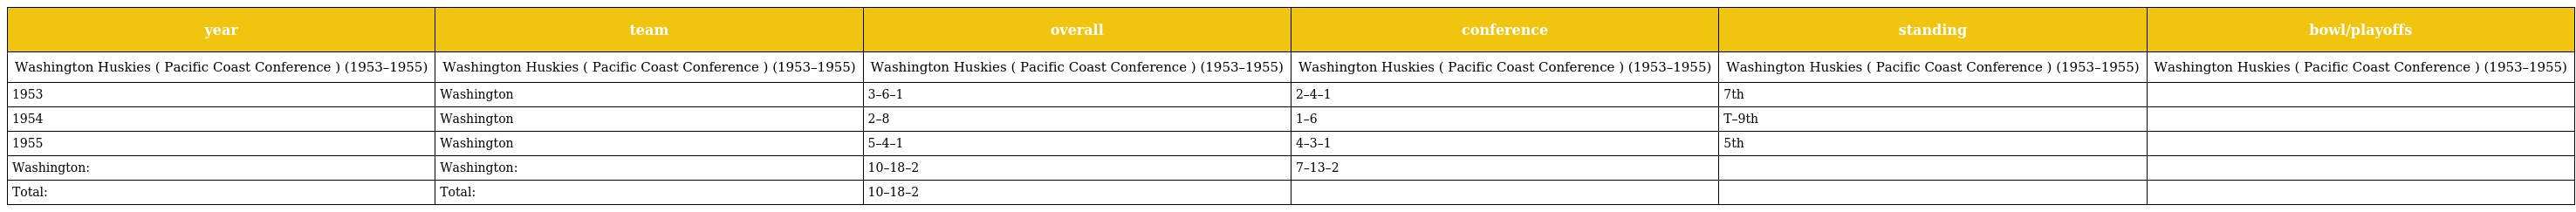
| year | team | overall | conference | standing | bowl/playoffs |
 | --- | --- | --- | --- | --- | --- |
 | Washington Huskies ( Pacific Coast Conference ) (1953–1955) | Washington Huskies ( Pacific Coast Conference ) (1953–1955) | Washington Huskies ( Pacific Coast Conference ) (1953–1955) | Washington Huskies ( Pacific Coast Conference ) (1953–1955) | Washington Huskies ( Pacific Coast Conference ) (1953–1955) | Washington Huskies ( Pacific Coast Conference ) (1953–1955) |
 | 1953 | Washington | 3–6–1 | 2–4–1 | 7th |  |
 | 1954 | Washington | 2–8 | 1–6 | T–9th |  |
 | 1955 | Washington | 5–4–1 | 4–3–1 | 5th |  |
 | Washington: | Washington: | 10–18–2 | 7–13–2 |  |  |
 | Total: | Total: | 10–18–2 |  |  |  |